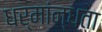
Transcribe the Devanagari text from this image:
धर्मांन्धता